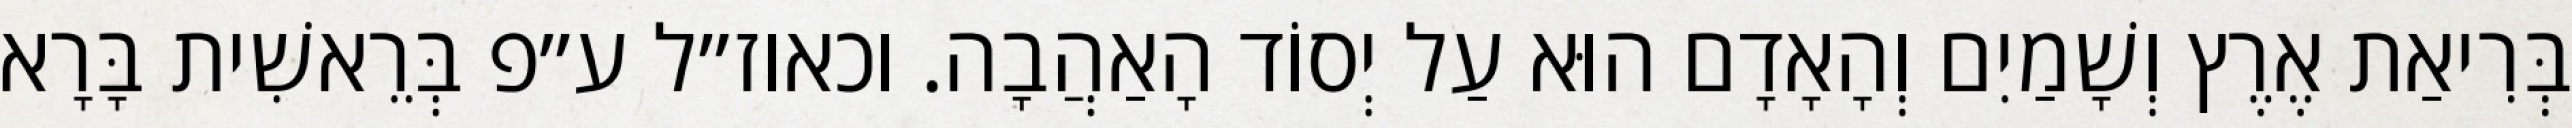
בְּרִיאַת אֶרֶץ וְשָׁמַיִם וְהָאָדָם הוּא עַל יְסוֹד הָאַהֲבָה. וכאוז״ל ע״פ בְּרֵאשִׁית בָּרָא